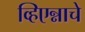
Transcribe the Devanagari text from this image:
व्हिएन्नाचे